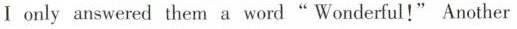
Ⅰ only answered them a word" Wonderful!" Another